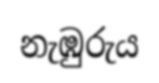
නැඹුරුය